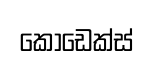
කොඩෙක්ස්